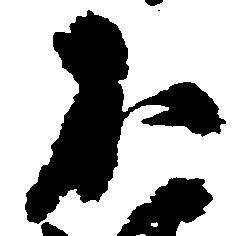
不